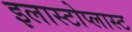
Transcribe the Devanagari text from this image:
इलास्टोप्लास्ट